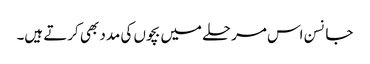
جانسن اس مرحلے میں بچوں کی مدد بھی کرتے ہیں۔